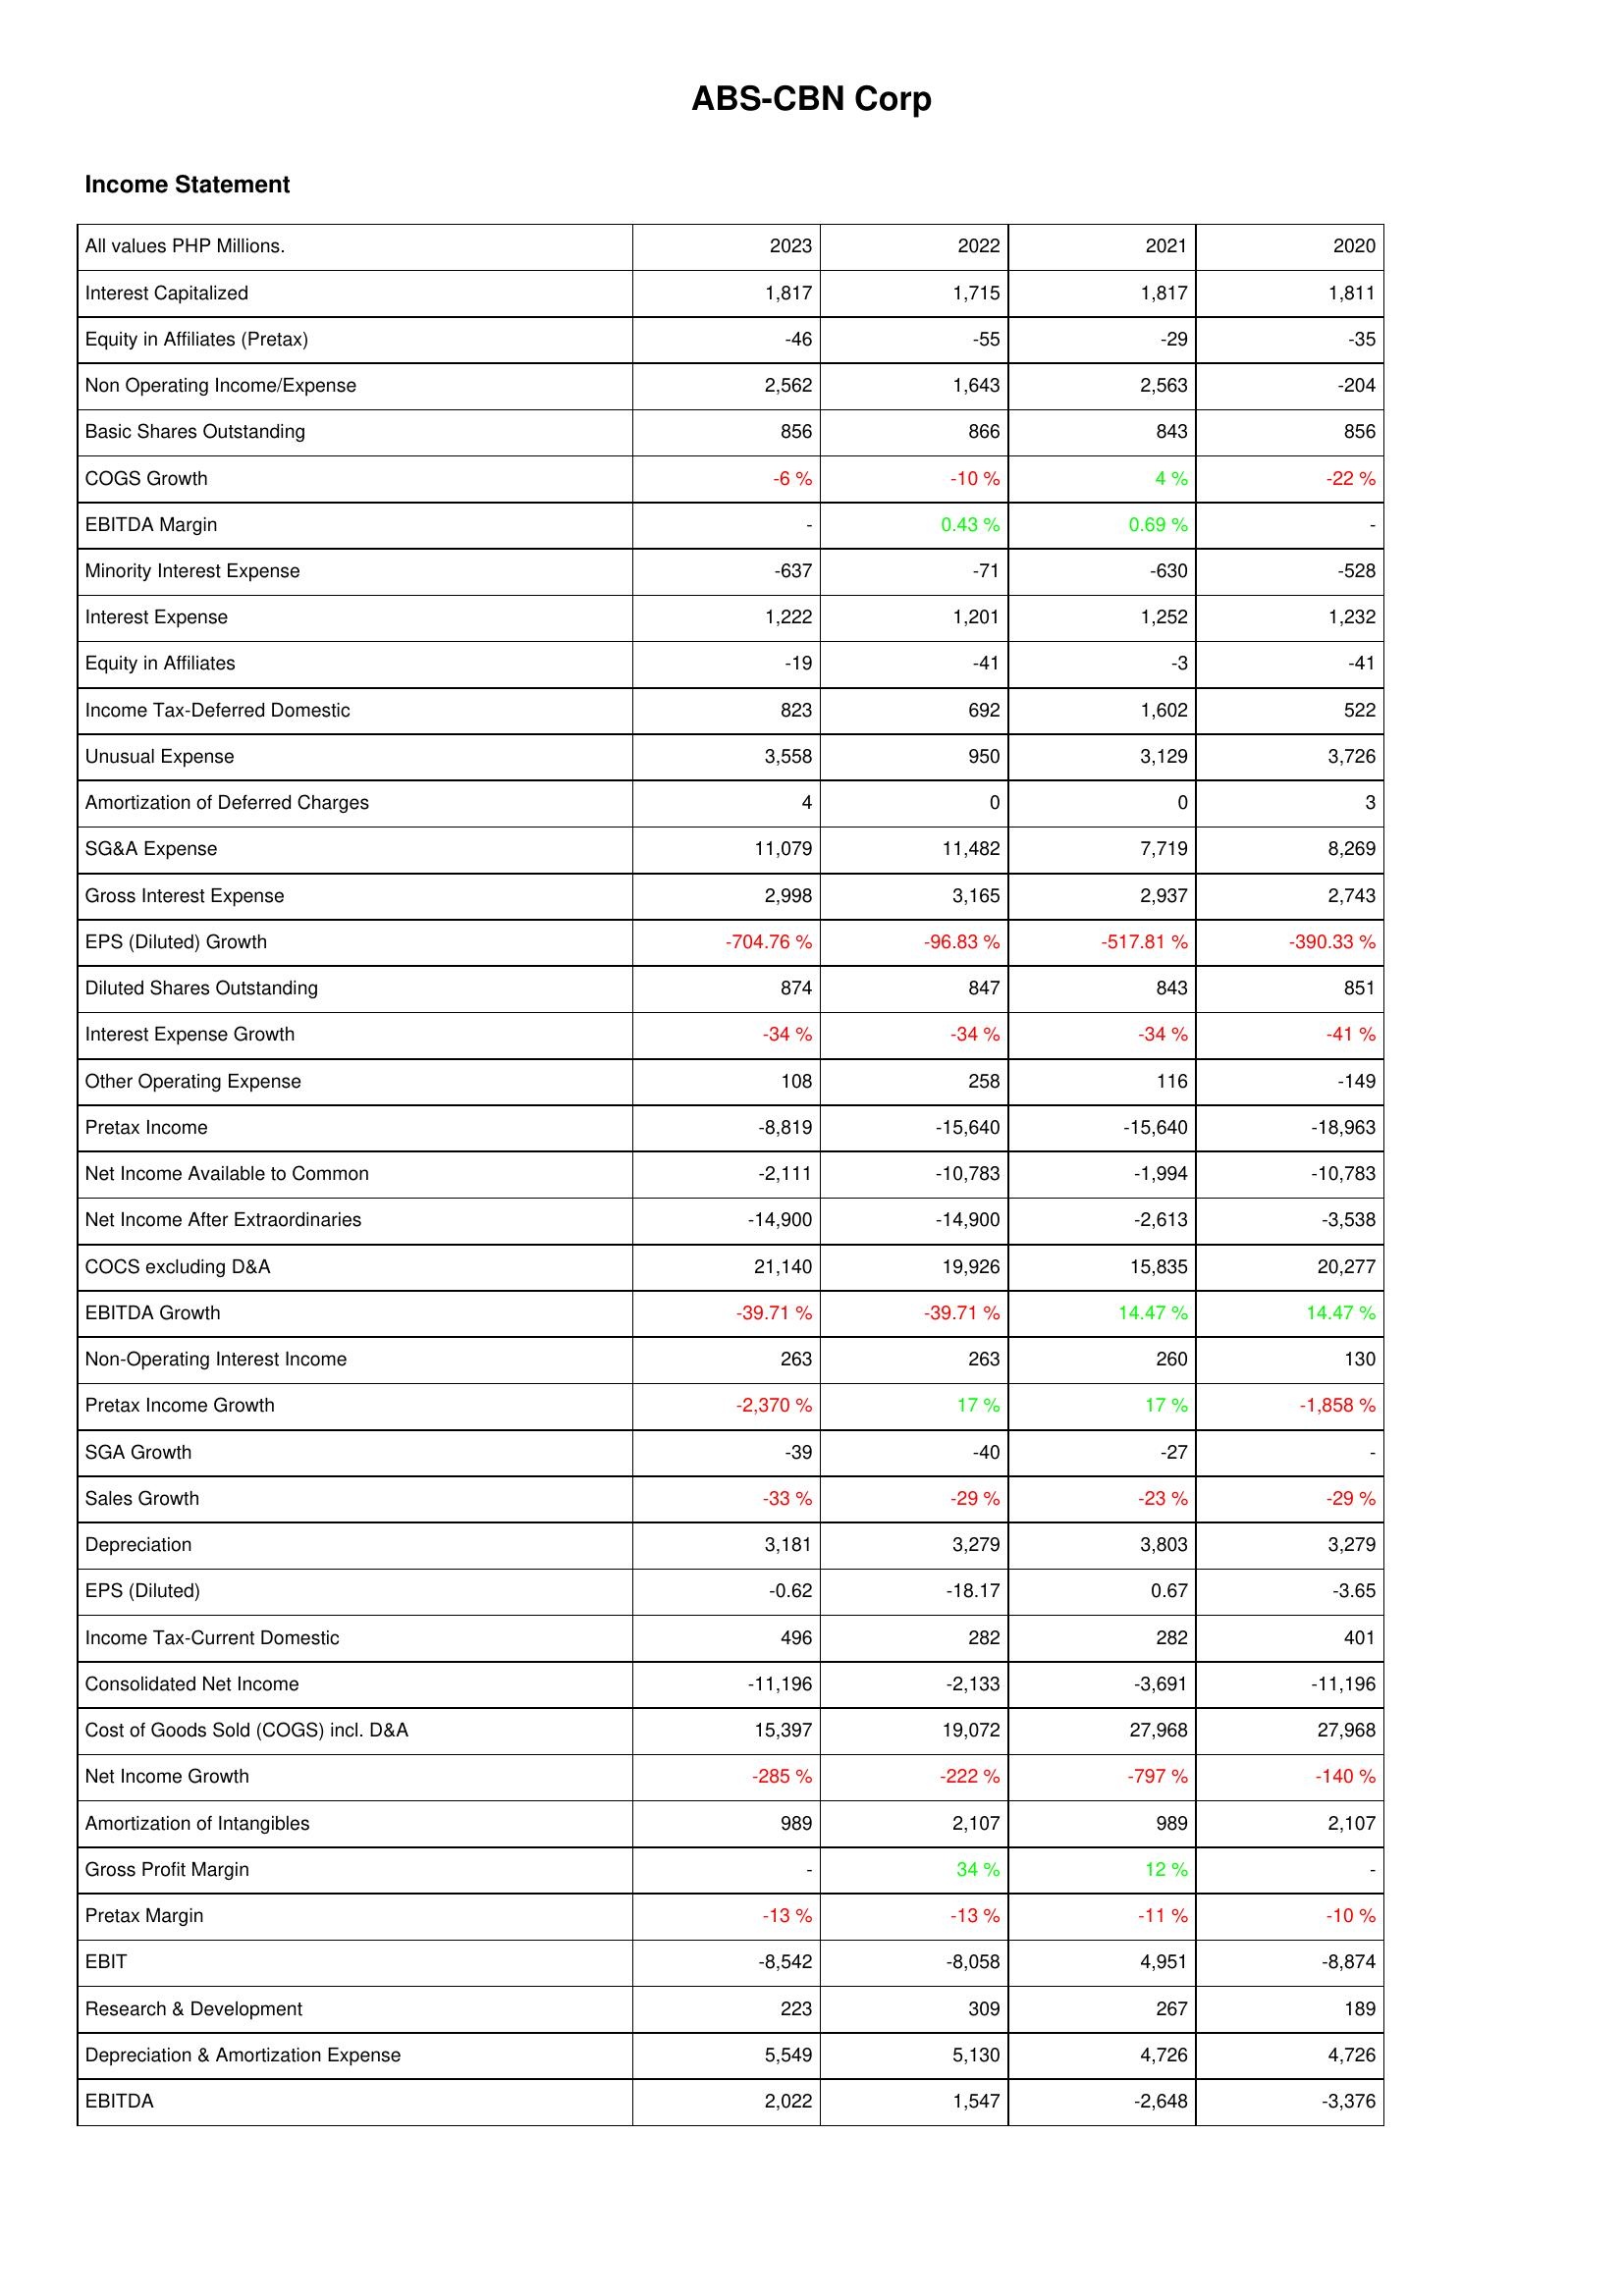
2023: Income Statement: Interest Capitalized: 1,817
Equity in Affiliates (Pretax): -46
Non Operating Income/Expense: 2,562
Basic Shares Outstanding: 856
COGS Growth: -6 %
EBITDA Margin: -
Minority Interest Expense: -637
Interest Expense: 1,222
Equity in Affiliates: -19
Income Tax-Deferred Domestic: 823
Unusual Expense: 3,558
Amortization of Deferred Charges: 4
SG&A Expense: 11,079
Gross Interest Expense: 2,998
EPS (Diluted) Growth: -704.76 %
Diluted Shares Outstanding: 874
Interest Expense Growth: -34 %
Other Operating Expense: 108
Pretax Income: -8,819
Net Income Available to Common: -2,111
Net Income After Extraordinaries: -14,900
COCS excluding D&A: 21,140
EBITDA Growth: -39.71 %
Non-Operating Interest Income: 263
Pretax Income Growth: -2,370 %
SGA Growth: -39
Sales Growth: -33 %
Depreciation: 3,181
EPS (Diluted): -0.62
Income Tax-Current Domestic: 496
Consolidated Net Income: -11,196
Cost of Goods Sold (COGS) incl. D&A: 15,397
Net Income Growth: -285 %
Amortization of Intangibles: 989
Gross Profit Margin: -
Pretax Margin: -13 %
EBIT: -8,542
Research & Development: 223
Depreciation & Amortization Expense: 5,549
EBITDA: 2,022
2022: Income Statement: Interest Capitalized: 1,715
Equity in Affiliates (Pretax): -55
Non Operating Income/Expense: 1,643
Basic Shares Outstanding: 866
COGS Growth: -10 %
EBITDA Margin: 0.43 %
Minority Interest Expense: -71
Interest Expense: 1,201
Equity in Affiliates: -41
Income Tax-Deferred Domestic: 692
Unusual Expense: 950
Amortization of Deferred Charges: 0
SG&A Expense: 11,482
Gross Interest Expense: 3,165
EPS (Diluted) Growth: -96.83 %
Diluted Shares Outstanding: 847
Interest Expense Growth: -34 %
Other Operating Expense: 258
Pretax Income: -15,640
Net Income Available to Common: -10,783
Net Income After Extraordinaries: -14,900
COCS excluding D&A: 19,926
EBITDA Growth: -39.71 %
Non-Operating Interest Income: 263
Pretax Income Growth: 17 %
SGA Growth: -40
Sales Growth: -29 %
Depreciation: 3,279
EPS (Diluted): -18.17
Income Tax-Current Domestic: 282
Consolidated Net Income: -2,133
Cost of Goods Sold (COGS) incl. D&A: 19,072
Net Income Growth: -222 %
Amortization of Intangibles: 2,107
Gross Profit Margin: 34 %
Pretax Margin: -13 %
EBIT: -8,058
Research & Development: 309
Depreciation & Amortization Expense: 5,130
EBITDA: 1,547
2021: Income Statement: Interest Capitalized: 1,817
Equity in Affiliates (Pretax): -29
Non Operating Income/Expense: 2,563
Basic Shares Outstanding: 843
COGS Growth: 4 %
EBITDA Margin: 0.69 %
Minority Interest Expense: -630
Interest Expense: 1,252
Equity in Affiliates: -3
Income Tax-Deferred Domestic: 1,602
Unusual Expense: 3,129
Amortization of Deferred Charges: 0
SG&A Expense: 7,719
Gross Interest Expense: 2,937
EPS (Diluted) Growth: -517.81 %
Diluted Shares Outstanding: 843
Interest Expense Growth: -34 %
Other Operating Expense: 116
Pretax Income: -15,640
Net Income Available to Common: -1,994
Net Income After Extraordinaries: -2,613
COCS excluding D&A: 15,835
EBITDA Growth: 14.47 %
Non-Operating Interest Income: 260
Pretax Income Growth: 17 %
SGA Growth: -27
Sales Growth: -23 %
Depreciation: 3,803
EPS (Diluted): 0.67
Income Tax-Current Domestic: 282
Consolidated Net Income: -3,691
Cost of Goods Sold (COGS) incl. D&A: 27,968
Net Income Growth: -797 %
Amortization of Intangibles: 989
Gross Profit Margin: 12 %
Pretax Margin: -11 %
EBIT: 4,951
Research & Development: 267
Depreciation & Amortization Expense: 4,726
EBITDA: -2,648
2020: Income Statement: Interest Capitalized: 1,811
Equity in Affiliates (Pretax): -35
Non Operating Income/Expense: -204
Basic Shares Outstanding: 856
COGS Growth: -22 %
EBITDA Margin: -
Minority Interest Expense: -528
Interest Expense: 1,232
Equity in Affiliates: -41
Income Tax-Deferred Domestic: 522
Unusual Expense: 3,726
Amortization of Deferred Charges: 3
SG&A Expense: 8,269
Gross Interest Expense: 2,743
EPS (Diluted) Growth: -390.33 %
Diluted Shares Outstanding: 851
Interest Expense Growth: -41 %
Other Operating Expense: -149
Pretax Income: -18,963
Net Income Available to Common: -10,783
Net Income After Extraordinaries: -3,538
COCS excluding D&A: 20,277
EBITDA Growth: 14.47 %
Non-Operating Interest Income: 130
Pretax Income Growth: -1,858 %
SGA Growth: -
Sales Growth: -29 %
Depreciation: 3,279
EPS (Diluted): -3.65
Income Tax-Current Domestic: 401
Consolidated Net Income: -11,196
Cost of Goods Sold (COGS) incl. D&A: 27,968
Net Income Growth: -140 %
Amortization of Intangibles: 2,107
Gross Profit Margin: -
Pretax Margin: -10 %
EBIT: -8,874
Research & Development: 189
Depreciation & Amortization Expense: 4,726
EBITDA: -3,376